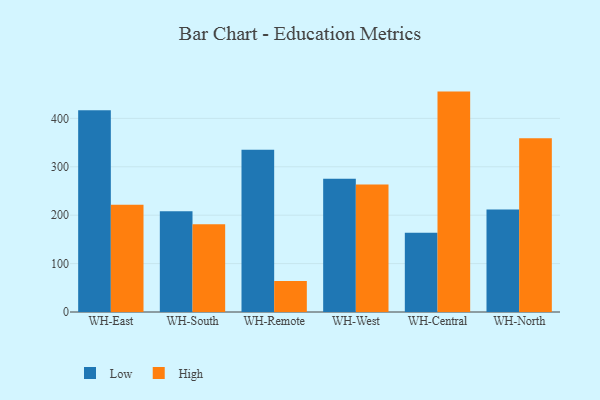
{"axis": {"x": "Warehouse", "y": "Page Views"}, "legend": ["High", "Low"], "data": [{"x": "WH-East", "y": 417.0, "type": "Low"}, {"x": "WH-East", "y": 221.8, "type": "High"}, {"x": "WH-South", "y": 208.3, "type": "Low"}, {"x": "WH-South", "y": 181.3, "type": "High"}, {"x": "WH-Remote", "y": 335.4, "type": "Low"}, {"x": "WH-Remote", "y": 64.1, "type": "High"}, {"x": "WH-West", "y": 275.5, "type": "Low"}, {"x": "WH-West", "y": 263.3, "type": "High"}, {"x": "WH-Central", "y": 163.7, "type": "Low"}, {"x": "WH-Central", "y": 455.3, "type": "High"}, {"x": "WH-North", "y": 211.8, "type": "Low"}, {"x": "WH-North", "y": 359.0, "type": "High"}]}